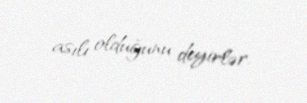
asılı olduğunu deyirlər.